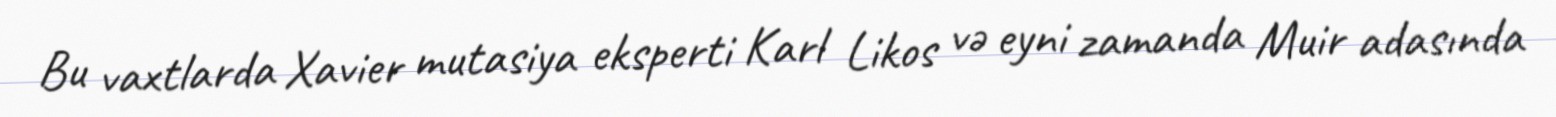
Bu vaxtlarda Xavier mutasiya eksperti Karl Likos və eyni zamanda Muir adasında